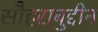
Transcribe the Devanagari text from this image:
सौहराबुद्दीन